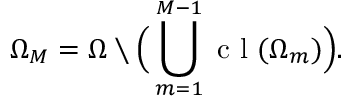
\Omega _ { M } = \Omega \setminus \Big ( \bigcup _ { m = 1 } ^ { M - 1 } \mathrm { ~ c ~ l ~ } ( \Omega _ { m } ) \Big ) .